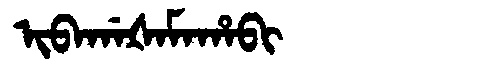
Manchu: ᡳᠪᠠᡤᠠᡧᠠᠮᠠᡥᠠᠪᡳ
Romanization: IBAGAŠAMAHABI